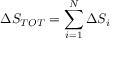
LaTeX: { \Delta } S _ { T O T } = \sum _ { i = 1 } ^ { N } { \Delta } S _ { i }